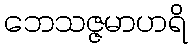
ဘေသဇ္ဇမာဟရိ